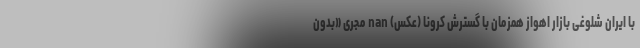
با ایران شلوغی بازار اهواز همزمان با گسترش کرونا (عکس) nan مجری «بدون